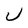
Character: U